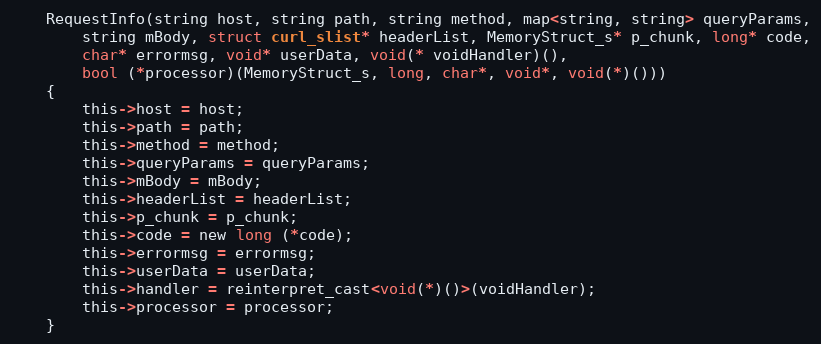
Language: C
	RequestInfo(string host, string path, string method, map<string, string> queryParams,
		string mBody, struct curl_slist* headerList, MemoryStruct_s* p_chunk, long* code,
		char* errormsg, void* userData, void(* voidHandler)(),
		bool (*processor)(MemoryStruct_s, long, char*, void*, void(*)()))
	{
		this->host = host;
		this->path = path;
		this->method = method;
		this->queryParams = queryParams;
		this->mBody = mBody;
		this->headerList = headerList;
		this->p_chunk = p_chunk;
		this->code = new long (*code);
		this->errormsg = errormsg;
		this->userData = userData;
		this->handler = reinterpret_cast<void(*)()>(voidHandler);
		this->processor = processor;
	}